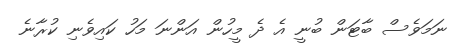
ނަމަވެސް ބާޓަން ބުނީ އެ ދެ މީހުން އަންނަ މަހު ކައިވެނި ކުރާނެ